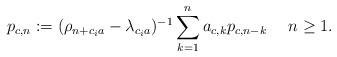
LaTeX: \begin{align*}p_{c, n} := (\rho_{n + c_ia} - \lambda_{c_ia})^{-1}\sum_{k = 1}^n a_{c, k}p_{c, n - k} \ \ \ \ n \geq 1.\end{align*}